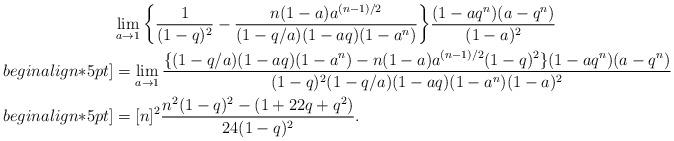
LaTeX: \begin{align*}&\lim_{a\to1}\bigg\{\frac{1}{(1-q)^2}-\frac{n(1-a)a^{(n-1)/2}}{(1-q/a)(1-aq)(1-a^n)}\bigg\}\frac{(1-aq^n)(a-q^n)}{(1-a)^2}\\begin{align*}5pt]&=\lim_{a\to1}\frac{\{(1-q/a)(1-aq)(1-a^n)-n(1-a)a^{(n-1)/2}(1-q)^2\}(1-aq^n)(a-q^n)}{(1-q)^2(1-q/a)(1-aq)(1-a^n)(1-a)^2}\\begin{align*}5pt]&=[n]^2\frac{n^2(1-q)^2-(1+22q+q^2)}{24(1-q)^2}.\end{align*}